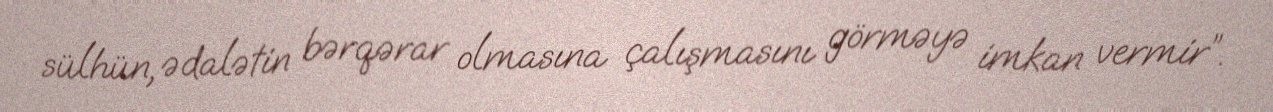
sülhün, ədalətin bərqərar olmasına çalışmasını görməyə imkan vermir”.